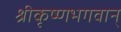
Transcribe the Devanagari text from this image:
श्रीकृष्णभगवान्